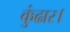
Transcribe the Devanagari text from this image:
कुंढार।